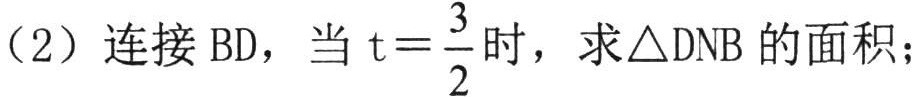
（2）连接\(BD\)，当\(t = \dfrac{3}{2}\)时，求\(\triangle DNB\)的面积；